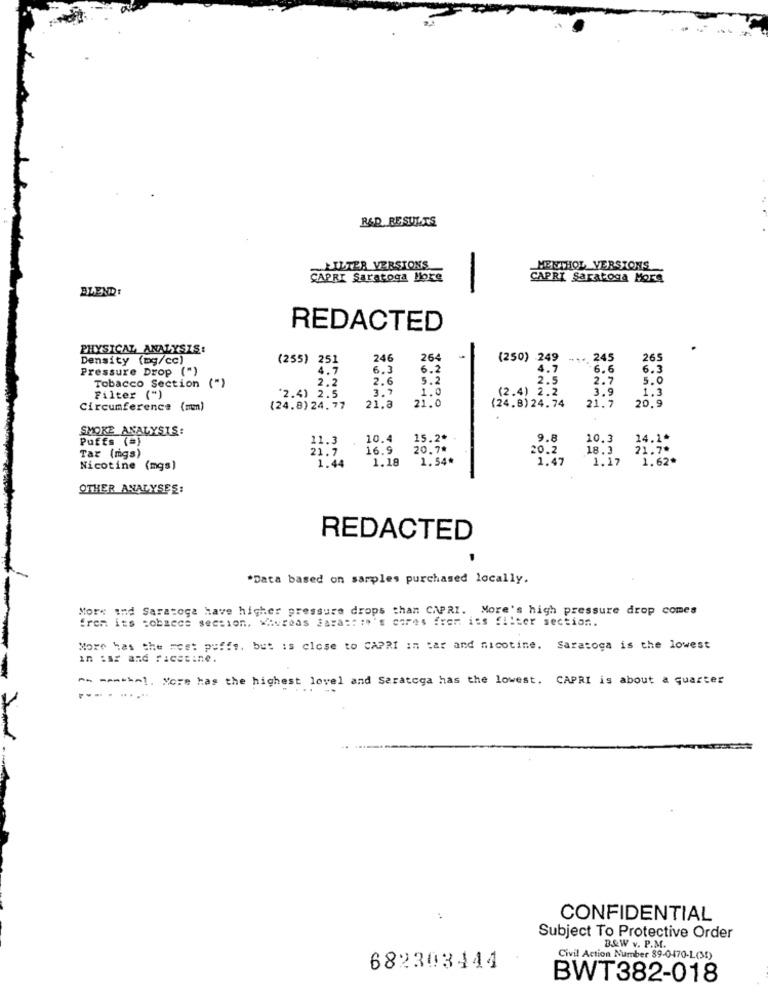
R&D RESULTS
LILTER VERSIONS
MENTHOL VERSTONS
CAPRI Saratoga More
CAPRI Saratoga More
BLEND:
-
REDACTED
PHYSICAL ANALYSIS:
Density (mg/cc)
(255) 251
246
264
(250)
249
... 245
265
Pressure Drop (")
4.7
6.3
6.2
4.7
.6.6
6.1
2.2
2.6
5.2
2.5
2.7
5.0
Tobacco Section (")
3.7
1.0
(2.4) 2.2
3.9
1.3
Filter (")
"2.4) 2.5
21.0
Circumference (mm)
(24.8) 24. 77
21.8
(24.8) 24.74
21.7
20.9
SMOKE ANALYSTS:
Puffs (@)
11.3
10.4
15.2*
9.8
10.3
14.1*
21.7
16.9
20.78
20.2
18.3
21.7*
Tar (ngs)
1.44
1.18
1.54*
1.47
1.17
1.62*
Nicotine (mgs)
OTHER ANALYSES:
REDACTED
*Data based on samples purchased locally.
More ind Saratoga have higher pressure drops than CAPRI. More's high pressure drop comes
fren its cobsecs section, Whereas Bara :: : n's cores frem iss Sliter section ..
More has the most puffs. but is close to CAPRI in tar and nicotine. Saratoga is the lowest
An manskal. More has the highest level and Saratoga has the lowest. CAPRI is about a quarter
CONFIDENTIAL
Subject To Protective Order
B&W v. P.M.
Civil Action Number 39-0470-L(31)
682303444
BWT382-018